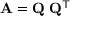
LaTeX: \mathbf { A } = \mathbf { Q } \mathbf { \Lambda } \mathbf { Q } ^ { \mathsf { T } }